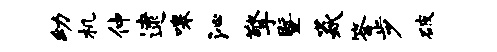
幼机仲逮嗥沁擎暨焱答步破